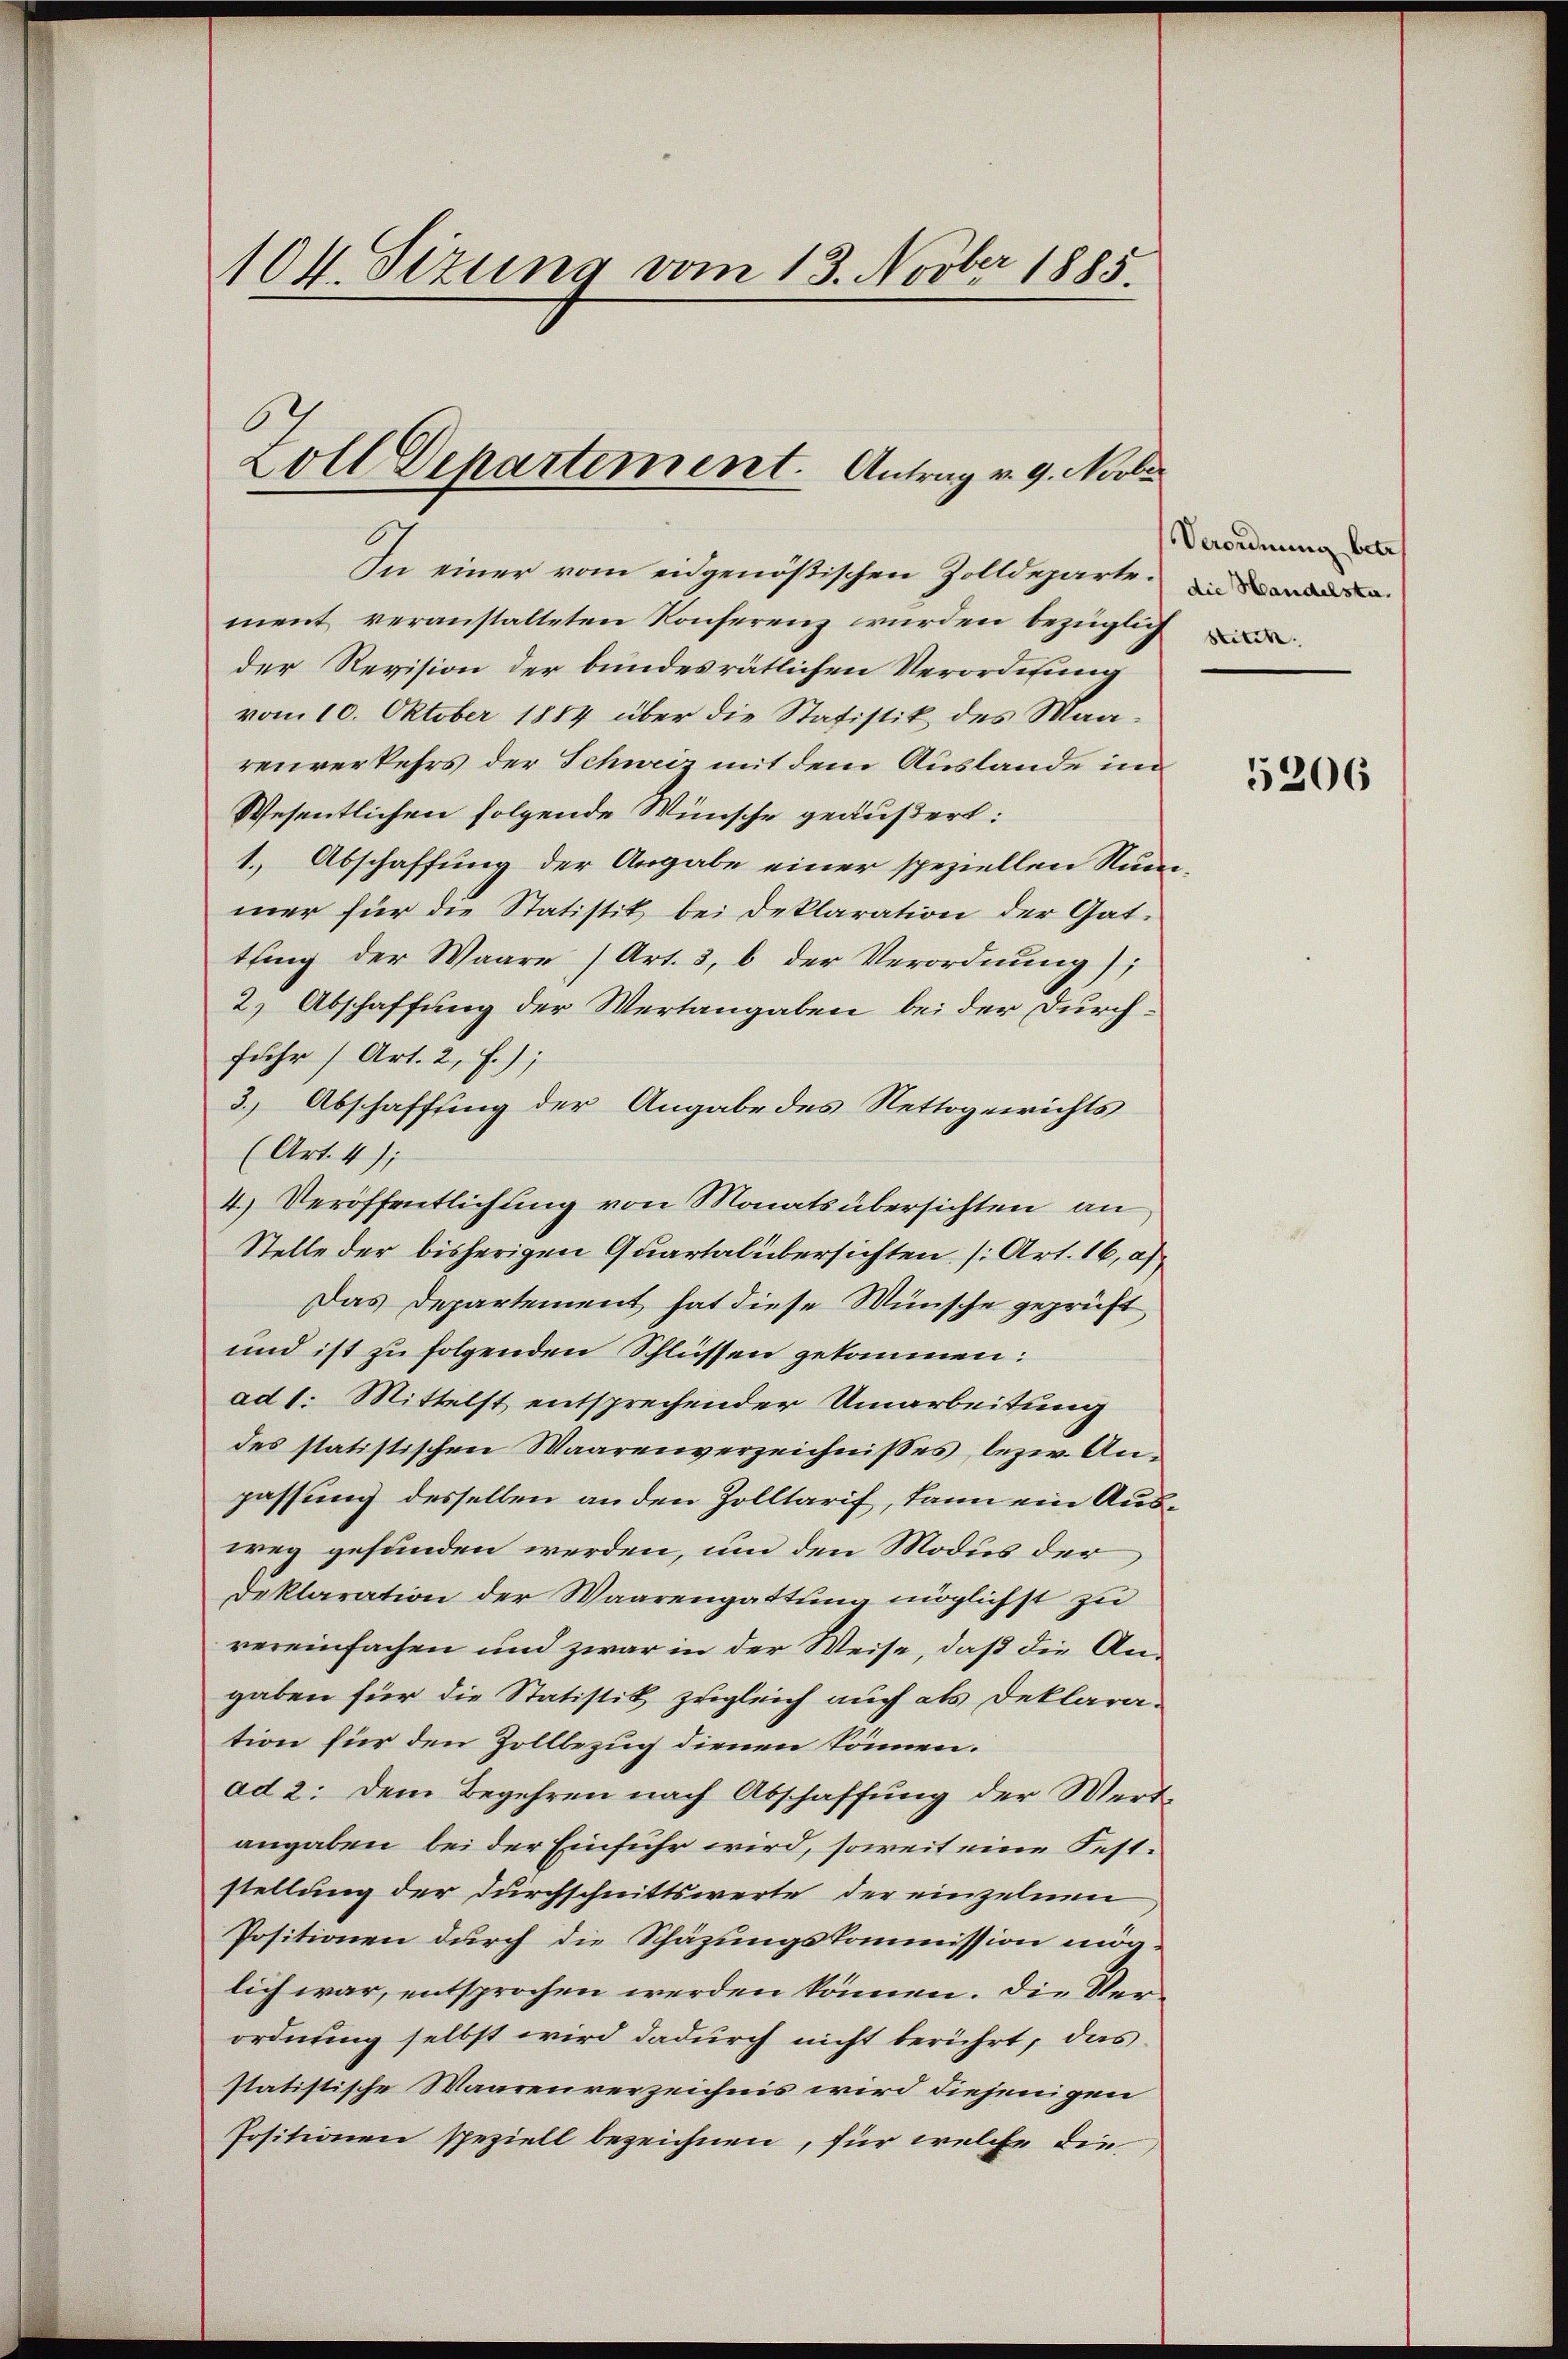
104. Sizung vom 13. Novber 1885.

Zoll Departement. Antrag v. 9. Novbr

In einer vom eidgenößischen Zolldeparte
ment veranstalteten Konferenz wurden bezüglich
der Revision der bundesrätlichen Verordnung
vom 10. Oktober 1884 über die Statistik des Maarenverkehrs der Schweiz mit dem Auslande im
Wesentlichen folgende Wünsche geäußert:
1.) Abschaffung der Angabe einer speziellen Num-
mer für die Statistik bei Deklaration der Gattling der Waare (Art. 3, b der Verordnung);
2.) Abschaffung der Wertangaben bei der Durchfuhr (Art. 2, f.);
3.) Abschaffung der Angabe des Nettogerichts
(Art. 4);
4. Veröffentlichung von Monats übersichten an
Stelle der bisherigen Quartal übersichten (Art. 16, a
Das Departement hat diese Wünsche geprüft,
und ist zu folgenden Schlüssen gekommen:
ad 1. Mittelst entsprechender Umarbeitung
des statistischen Waarenverzeichnisses bezw. Anpassung desselben an den Zolltarif, kann ein Ausweg gefunden werden, um den Modus der
Deklaration der Waarengattung möglichst zu
vereinfachen und zwar in der Weise, daß die Angaben für die Statistik zugleich auch als Deklaration für den Zollbezug dienen können.
ad 2: dem Begehren nach Abschaffung der Werdangaben bei der Einfuhr wird, soweit eine Feststellung der Durchschnittswerte der einzelnen
Positionen durch die Schäzungskommission möglich war, entsprochen werden können. Die Verordnung selbst wird dadurch nicht berührt, das
statistische Waarenverzeichnis wird diejenigen
Positionen speziell bezeichnen, für welche die

Verordnung betr
Stitch.

5206